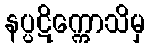
နပ္ပဋိက္ကောသိမှ